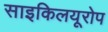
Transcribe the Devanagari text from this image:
साइकिलयूरोप